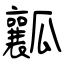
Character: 瓤